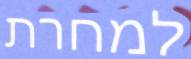
למחרת